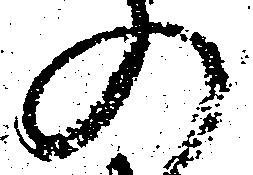
の